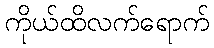
ကိုယ်ထိလက်ရောက်